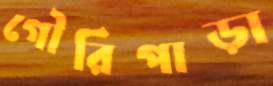
গৌরিপাড়া